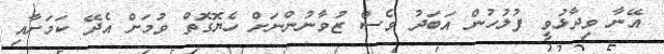
އޭނާ ވިދާޅުވީ ފުލުހުން އަބަދު ވެސް ޒުވާނުންނަށް ހެޔޮގޮތް ވުމަށް އެދޭ ކަމަށާއި